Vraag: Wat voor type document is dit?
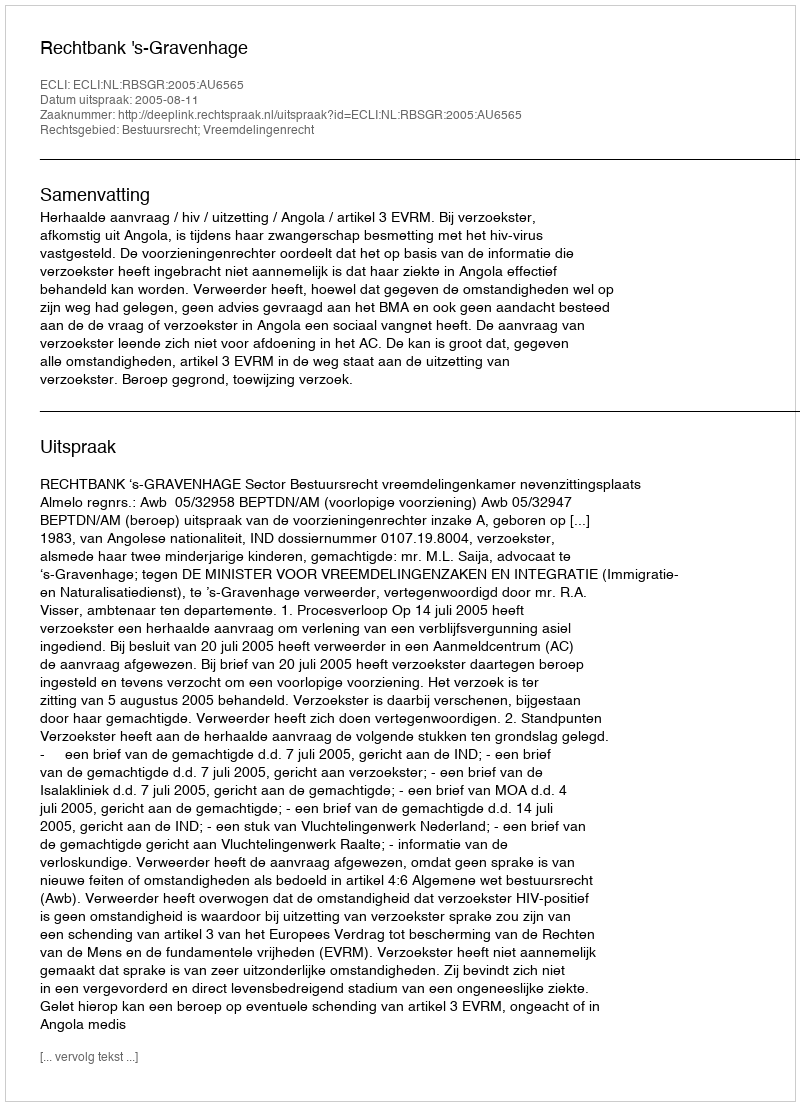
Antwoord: Uitspraak